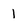
Character: I